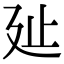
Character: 㢟